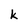
Character: k